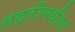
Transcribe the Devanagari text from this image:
लढतीमधील